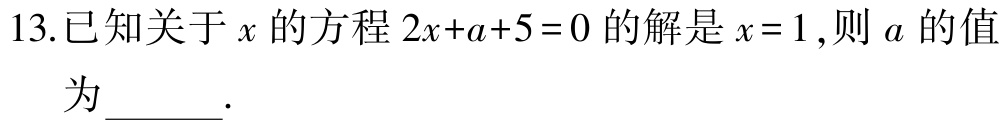
13.已知关于\(x\)的方程\(2x + a + 5 = 0\)的解是\(x = 1\),则\(a\)的值为______.